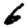
Digit: 6